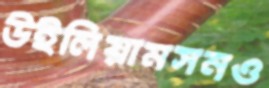
উইলিয়ামসনও